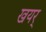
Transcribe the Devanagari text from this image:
खयर्